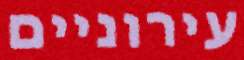
עירוניים